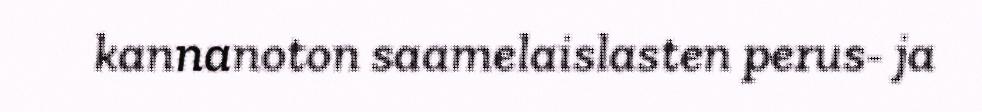
kannanoton saamelaislasten perus- ja